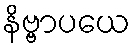
နိဗ္ဗာပယေ